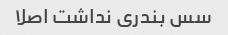
سس بندری نداشت اصلا